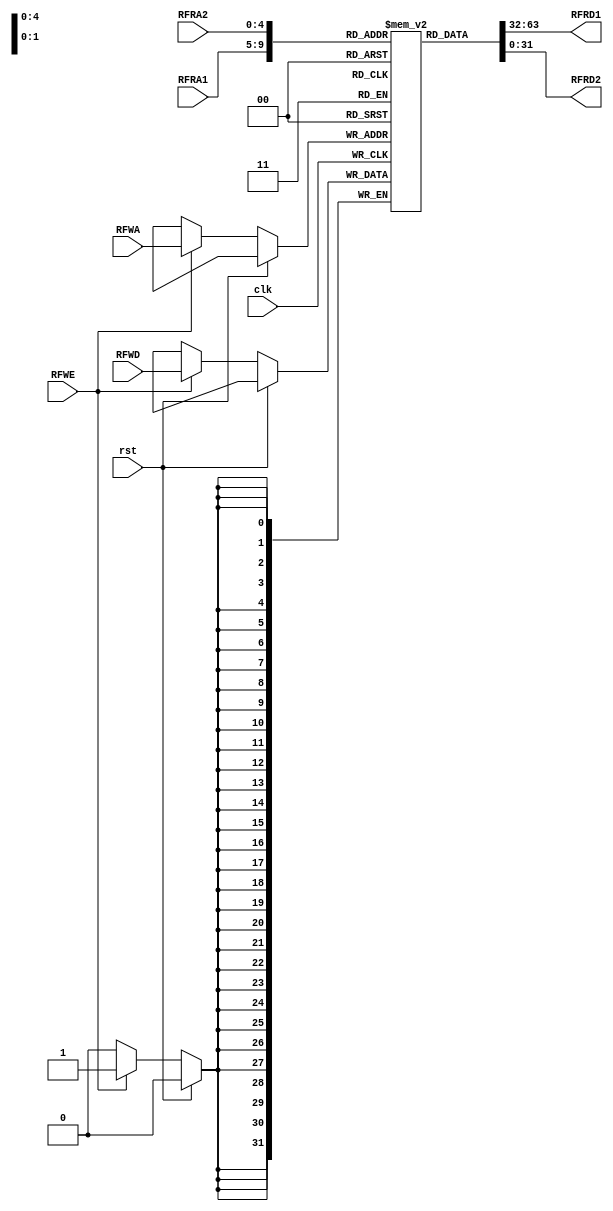
	`timescale 1ns / 1ps
//////////////////////////////////////////////////////////////////////////////////
// Company: 
// Engineer: 
// 
// Design Name: 
// Module Name: register_file
// Project Name: 
// Target Devices: 
// Tool Versions: 
// Description: 
// 
// Dependencies: 
// 
// Revision:
// Revision 0.01 - File Created
// Additional Comments:
// 
//////////////////////////////////////////////////////////////////////////////////

//READ FIRST MODE
module register_file

/*** PARAMETERS ***/
#(parameter
	ADDR_WL = 5,
	DATA_WL = 32
)

/*** IN/OUT ***/
(
	// IN 
	input clk, RFWE, rst,
	
	// connect this input from the data after your ALU
	input [DATA_WL - 1 : 0]	RFWD,	//RFWD
	
	input [ADDR_WL - 1 : 0]	RFRA1,	//RFRA1
							RFRA2,	//RFRA2
							RFWA,	//RFWA
	// OUT					
	output [DATA_WL - 1 : 0]RFRD1,	//RFRD1
							RFRD2	//RFRD2
							
);

	reg [DATA_WL - 1 : 0] MEM [0 : 2**ADDR_WL - 1];
	
	/* Default vals for register file */
	initial 
	begin
	   MEM[0]  = 32'b00000000000000000000000000000000; // $0
	   MEM[1]  = 32'b00000000000000000000000000000000; // $at
	   MEM[2]  = 32'b00000000000000000000000000000000; // $v0
	   MEM[3]  = 32'b00000000000000000000000000000000; // $v1
	   MEM[4]  = 32'b00000000000000000000000000000000; // $a0
	   MEM[5]  = 32'b00000000000000000000000000000000; // $a1
	   MEM[6]  = 32'b00000000000000000000000000000000; // $a2
	   MEM[7]  = 32'b00000000000000000000000000000000; // $a3
	   MEM[8]  = 32'b00000000000000000000000000000000; // $t0
	   MEM[9]  = 32'b00000000000000000000000000000000; // $t1
	   MEM[10] = 32'b00000000000000000000000000000000; // $t2
	   MEM[11] = 32'b00000000000000000000000000000000; // $t3
	   MEM[12] = 32'b00000000000000000000000000000000; // $t4
	   MEM[13] = 32'b00000000000000000000000000000000; // $t5
	   MEM[14] = 32'b00000000000000000000000000000000; // $t6
	   MEM[15] = 32'b00000000000000000000000000000000; // $t7
	   MEM[16] = 32'b00000000000000000000000000000000; // $s0
	   MEM[17] = 32'b00000000000000000000000000000000; // $s1
	   MEM[18] = 32'b00000000000000000000000000000000; // $s2
	   MEM[19] = 32'b00000000000000000000000000000000; // $s3
	   MEM[20] = 32'b00000000000000000000000000000000; // $s4
	   MEM[21] = 32'b00000000000000000000000000000000; // $s5
	   MEM[22] = 32'b00000000000000000000000000000000; // $s6
	   MEM[23] = 32'b00000000000000000000000000000000; // $s7
	   MEM[24] = 32'b00000000000000000000000000000000; // $t8
	   MEM[25] = 32'b00000000000000000000000000000000; // $t9
	   MEM[26] = 32'b00000000000000000000000000000000; // $k0
	   MEM[27] = 32'b00000000000000000000000000000000; // $k1
	   MEM[28] = 32'b00000000000000000000000000000000; // $gp
	   MEM[29] = 32'b00000000000000000000000000000000; // $sp
	   MEM[30] = 32'b00000000000000000000000000000000; // $fp
	   MEM[31] = 32'b00000000000000000000000000000000; // $ra
	end
	
	always @ (posedge clk)
	begin
		if(!rst)
		begin
		  if(RFWE) MEM[RFWA] <= RFWD;
	    end
	end  
	
	/*** READ FIRST ***/
	assign RFRD1 = MEM[RFRA1];
	assign RFRD2 = MEM[RFRA2];
	
endmodule